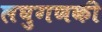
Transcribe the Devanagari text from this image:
लघुगणकी